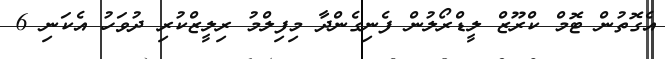
އެގޮތުން ޓޮމް ކްރޫޒް ލީޑްރޯލުން ފެނިގެންދާ މިފިލްމު ރިލީޒްކުރި ދުވަހު އެކަނި 6